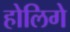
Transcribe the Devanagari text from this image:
होलिगे